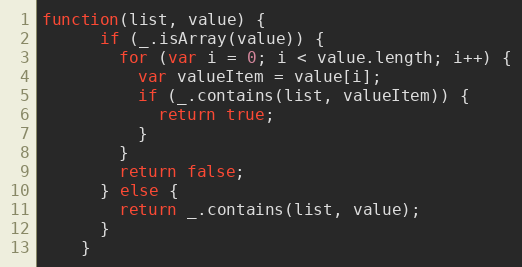
Language: JavaScript
function(list, value) {
      if (_.isArray(value)) {
        for (var i = 0; i < value.length; i++) {
          var valueItem = value[i];
          if (_.contains(list, valueItem)) {
            return true;
          }
        }
        return false;
      } else {
        return _.contains(list, value);
      }
    }